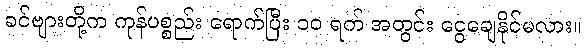
ခင်ဗျားတို့က ကုန်ပစ္စည်း ရောက်ပြီး ၁၀ ရက် အတွင်း ငွေချေနိုင်မလား။